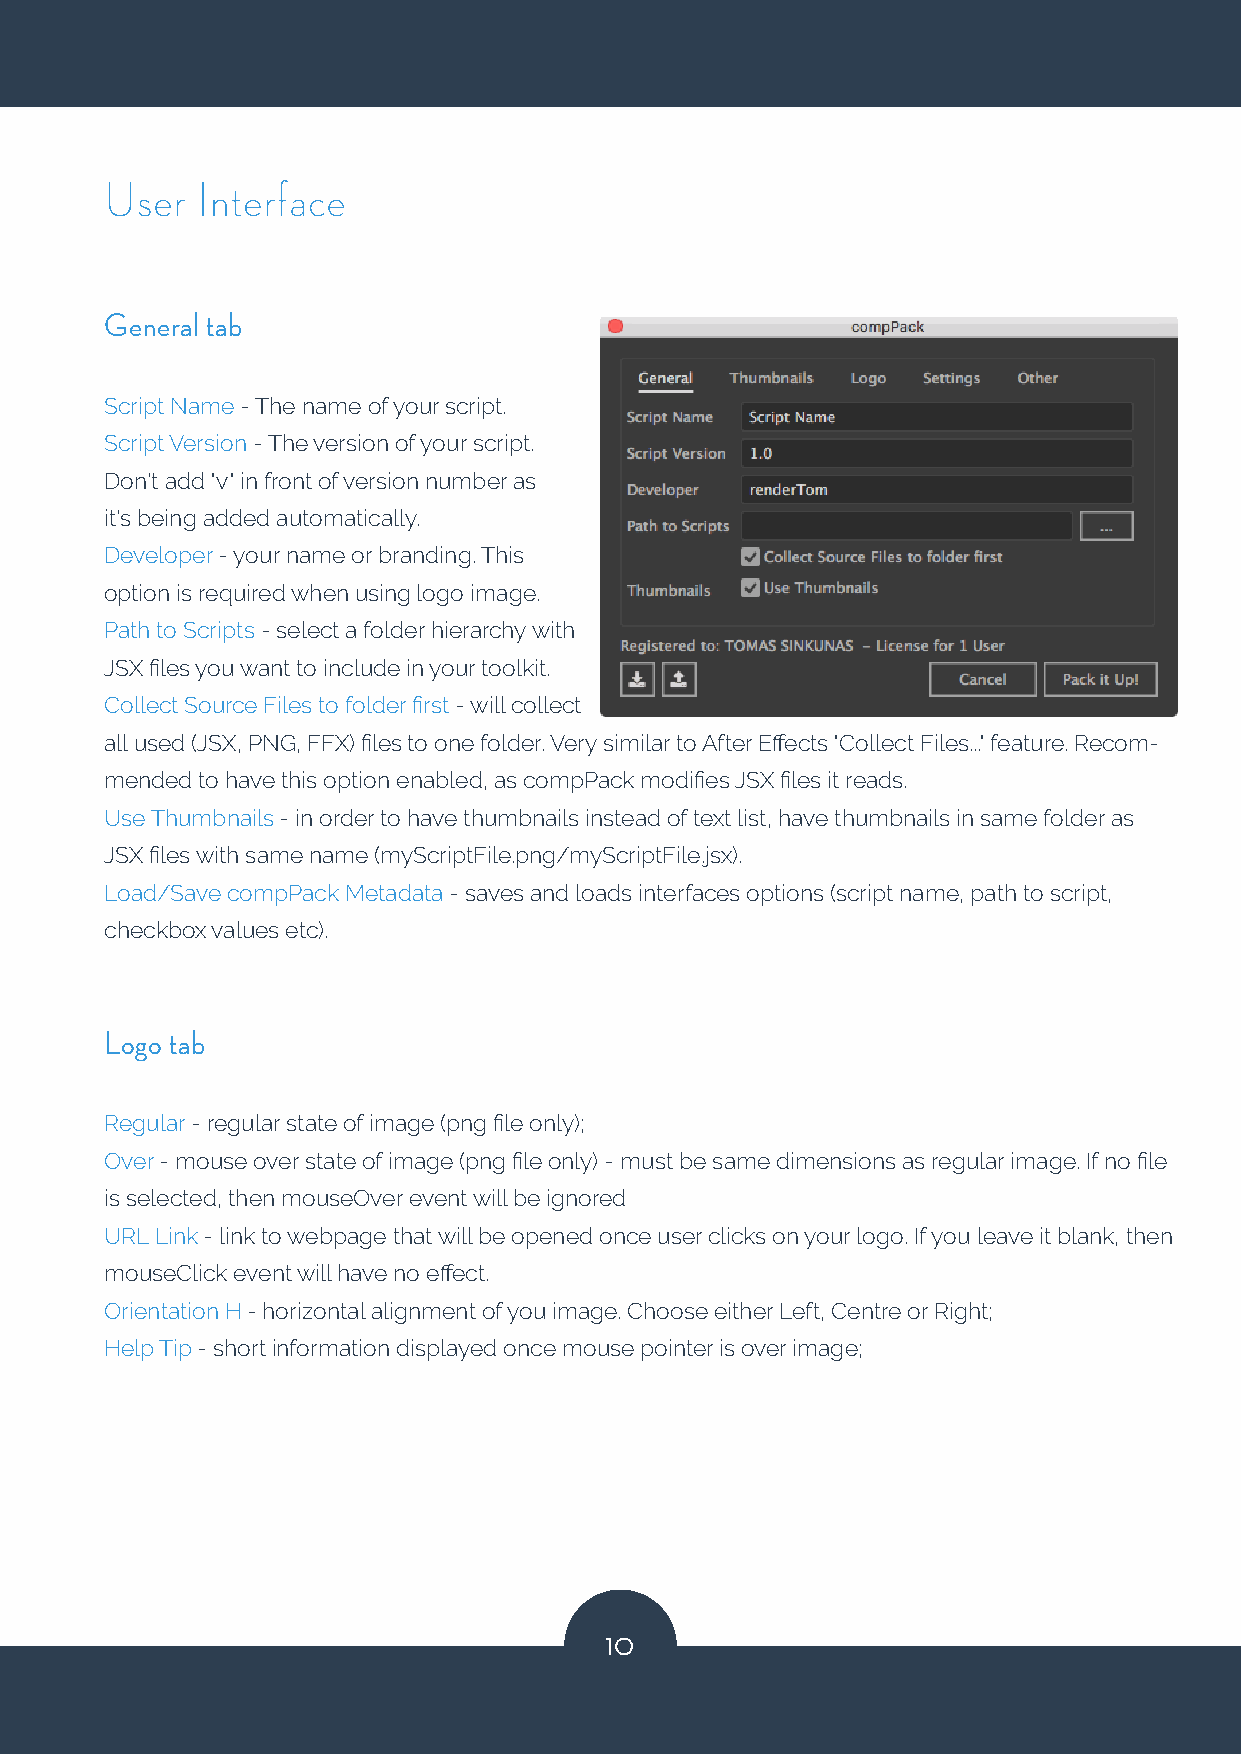
User  Interface
 General tab
 Script Name - The name of your script.
 Script Version - The version of your script.
 Don't add "v" in front of version number as
 it's being added automatically.
 Developer - your name or branding. This
 option is required when using logo image.
 Path to Scripts - select a folder hierarchy with
 JSX files you want to include in your toolkit.
 Collect Source Files to folder first - will collect
 all used (JSX, PNG, FFX) files to one folder. Very similar to After Effects "Collect Files..." feature. Recom-
 mended to have this option enabled, as compPack modifies JSX files it reads.
 Use Thumbnails - in order to have thumbnails instead of text list, have thumbnails in same folder as
 JSX files with same name (myScriptFile.png/myScriptFile.jsx).
 Load/Save compPack Metadata - saves and loads interfaces options (script name, path to script,
 checkbox values etc).
 Logo tab
 Regular - regular state of image (png file only);
 Over - mouse over state of image (png file only) - must be same dimensions as regular image. If no file
 is selected, then mouseOver event will be ignored
 URL Link - link to webpage that will be opened once user clicks on your logo. If you leave it blank, then
 mouseClick event will have no effect.
 Orientation H - horizontal alignment of you image. Choose either Left, Centre or Right;
 Help Tip - short information displayed once mouse pointer is over image;
 10